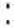
: